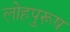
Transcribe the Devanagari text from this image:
लोहपुरूष